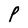
Character: P